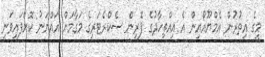
މީގެ އިތުރުން އެމްޔޫއޯއިން އެ އިއްތިހާދުގެ ފޮރިން ސެކްރެޓަރީގެ މަގާމަށް އައްޔަނު ކޮށްފައިވަނީ